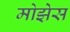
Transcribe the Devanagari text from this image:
मोझेेस